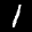
Label: 1